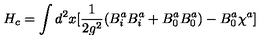
H _ { c } = \int d ^ { 2 } x [ \frac { 1 } { 2 g ^ { 2 } } ( B _ { i } ^ { a } B _ { i } ^ { a } + B _ { 0 } ^ { a } B _ { 0 } ^ { a } ) - B _ { 0 } ^ { a } \chi ^ { a } ]